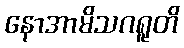
နောအာမိသဂရူတိ